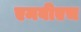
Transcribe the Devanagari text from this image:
एमबीएच